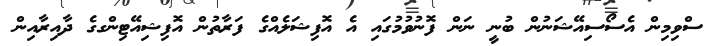
ސްވިމިން އެސޯސިއޭޝަނުން ބުނީ ނަން ފޮނުވުމުގައި އެ އޮފިޝަލެއްގެ ފަރާތުން އޮފިޝިއޭޓިންގގެ ދާއިރާއިން